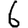
Digit: 6